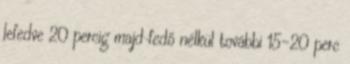
lefedve 20 percig majd fedő nélkül további 15-20 perc